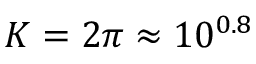
K = 2 \pi \approx 1 0 ^ { 0 . 8 }